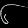
Digit: ၆